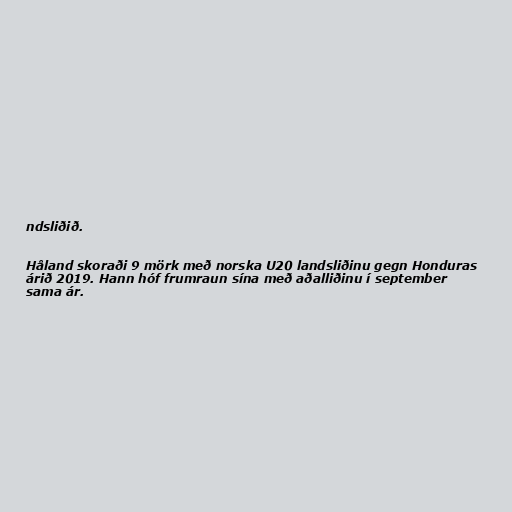
ndsliðið.

Håland skoraði 9 mörk með norska U20 landsliðinu gegn Honduras
árið 2019. Hann hóf frumraun sína með aðalliðinu í september
sama ár.